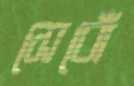
সেবোঁ